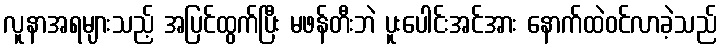
လူနာအရများသည့် အပြင်ထွက်ပြီး မဖန်တီးဘဲ ပူးပေါင်းအင်အား နောက်ထဲဝင်လာခဲ့သည်